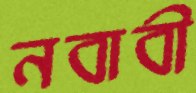
নবাবী